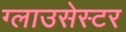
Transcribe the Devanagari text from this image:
ग्लाउसेस्टर